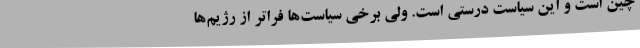
چین است و این سیاست درستی است. ولی برخی سیاست‌ها فراتر از رژیم‌ها